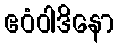
ဧဝံဝါဒိနော